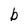
Character: b